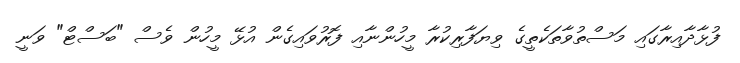
ފުޅާދާއިރާގައި މަސްތުވާތަކެތީގެ ވިޔަފާރިކުރާ މީހުންނާއި ފޮރުވައިގެން އުޅޭ މީހުން ވެސް "ބަސްޓް" ވަނީ